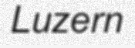
Luzern